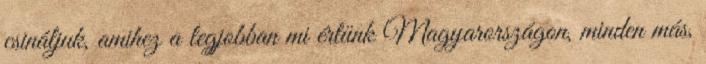
csináljuk, amihez a legjobban mi értünk Magyarországon, minden más,